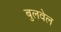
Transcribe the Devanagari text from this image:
बुलवेल